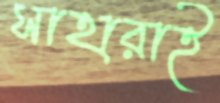
সাহারাই